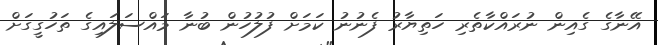
އޭނާގެ ގެއިން ނުރައްކާތެރި ހަތިޔާރު ފެނުނު ކަމަށް ފުލުހުން ބުނާ މައްސަލައިގެ ތަހުގީގަށް